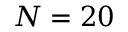
N = 2 0